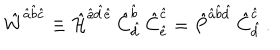
\hat { W } ^ { \hat { a } \hat { b } \hat { c } } \equiv \hat { \cal H } ^ { \hat { a } \hat { d } \hat { e } } \, \hat { C } _ { \hat { d } } ^ { \hat { b } } \, \hat { C } _ { \hat { e } } ^ { \hat { c } } = \hat { P } ^ { \hat { a } \hat { b } \hat { d } } \, \hat { C } _ { \hat { d } } ^ { \hat { c } } \, .